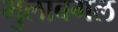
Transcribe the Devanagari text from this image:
मुलाबगल